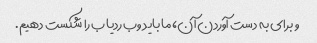
و برای به دست آوردن آن، ما باید وب ردیاب را شکست دهیم.